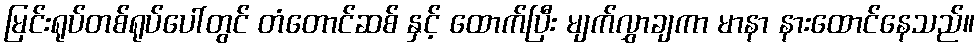
မြင်းရုပ်တစ်ရုပ်ပေါ်တွင် တံတောင်ဆစ် နှင့် ထောက်ပြီး မျက်လွှာချကာ မာနာ နားထောင်နေသည်။